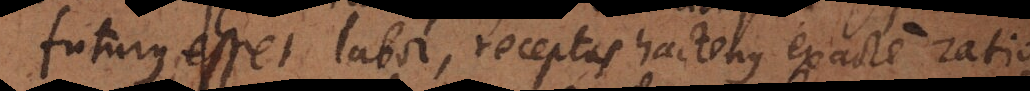
futurus esset labor, receptas hactenus exacte ratio